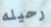
رحيله